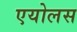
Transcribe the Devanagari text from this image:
एयोलस